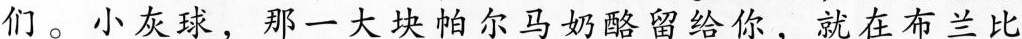
们。小灰球，那一大块帕尔马奶酪留给你，就在布兰比